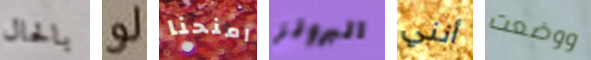
بالحال لو امنحنا البرونز أنني ووضعت